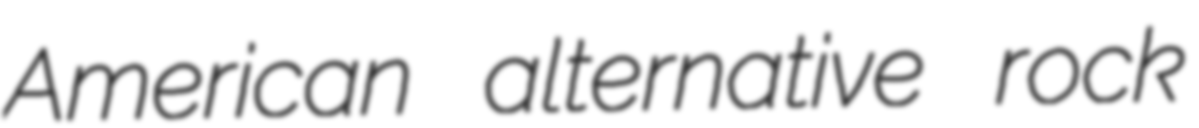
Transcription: American alternative rock